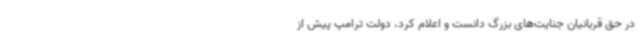
در حق قربانیان جنایت‌های بزرگ دانست و اعلام کرد، دولت ترامپ پیش از